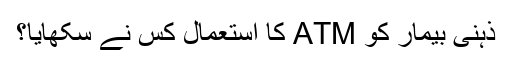
ذہنی بیمار کو ATM کا استعمال کس نے سکھایا؟